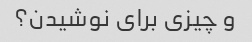
و چیزی برای نوشیدن؟